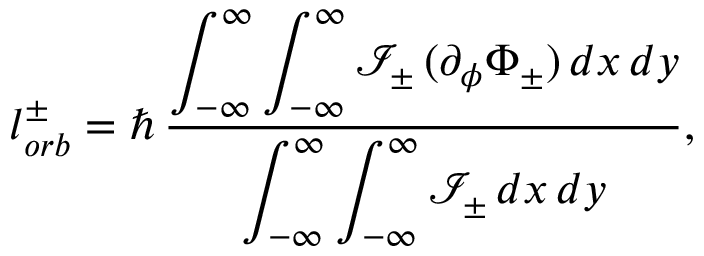
l _ { o r b } ^ { \pm } = \hbar \, \frac { \displaystyle \int _ { - \infty } ^ { \infty } \int _ { - \infty } ^ { \infty } \mathcal { I } _ { \pm } \, ( \partial _ { \phi } \Phi _ { \pm } ) \, d x \, d y } { \displaystyle \int _ { - \infty } ^ { \infty } \int _ { - \infty } ^ { \infty } \mathcal { I } _ { \pm } \, d x \, d y } ,